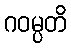
ဂဝမ္ပတိ